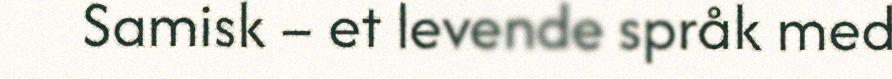
Samisk – et levende språk med